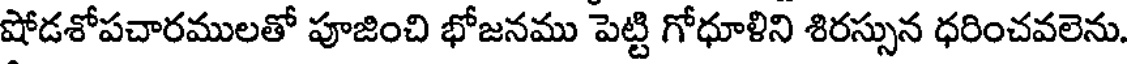
షోడశోపచారములతో పూజించి భోజనము పెట్టి గోధూళిని శిరస్సున ధరించవలెను.